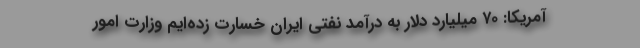
آمریکا: ۷۰ میلیارد دلار به درآمد نفتی ایران خسارت زده‌ایم وزارت امور